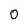
Character: 0